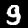
Label: 9